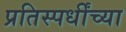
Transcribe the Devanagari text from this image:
प्रतिस्पर्धींच्या